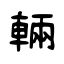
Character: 輛